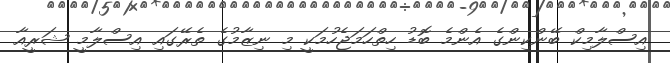
އިސްލާމިކް ބޭންކިންގެ އެންމެ ބޮޑު ހިތްހަމަޖެހުމަކީ މި ނިޒާމުގެ ތެރޭގައި އިސްލާމީ ޝަރީއާ